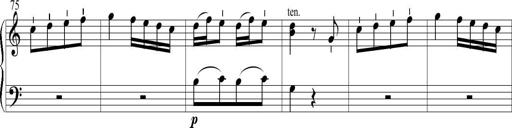
Title: 6 Leichte Sonatinen, Teil 1
Composer: F. Sigismund Sander